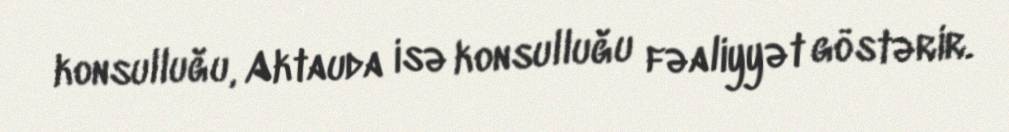
konsulluğu, Aktauda isə konsulluğu fəaliyyət göstərir.